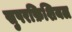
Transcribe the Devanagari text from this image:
सुपरफ़िशियल